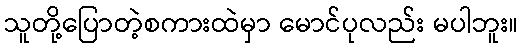
သူတို့ပြောတဲ့စကားထဲမှာ မောင်ပုလည်း မပါဘူး။